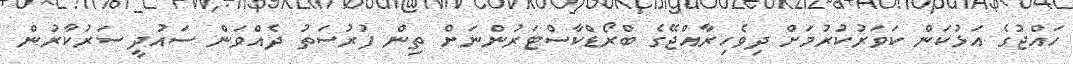
ހައްޖުގެ އަޅުކަން ކަވަރުކުރުމަށް ދިވެހިރާއްޖޭގެ ބްރޯޑްކާސްޓަރުންނަށް ތިން ފުރުސަތު ދެއްވަން ސައުދީ ސަރުކާރުން